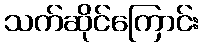
သက်ဆိုင်ကြောင်း